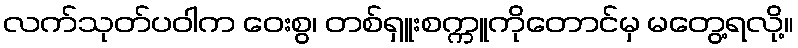
လက်သုတ်ပဝါက ဝေးစွ၊ တစ်ရှူးစက္ကူကိုတောင်မှ မတွေ့ရလို့။